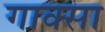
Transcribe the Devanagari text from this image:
गाक्सा